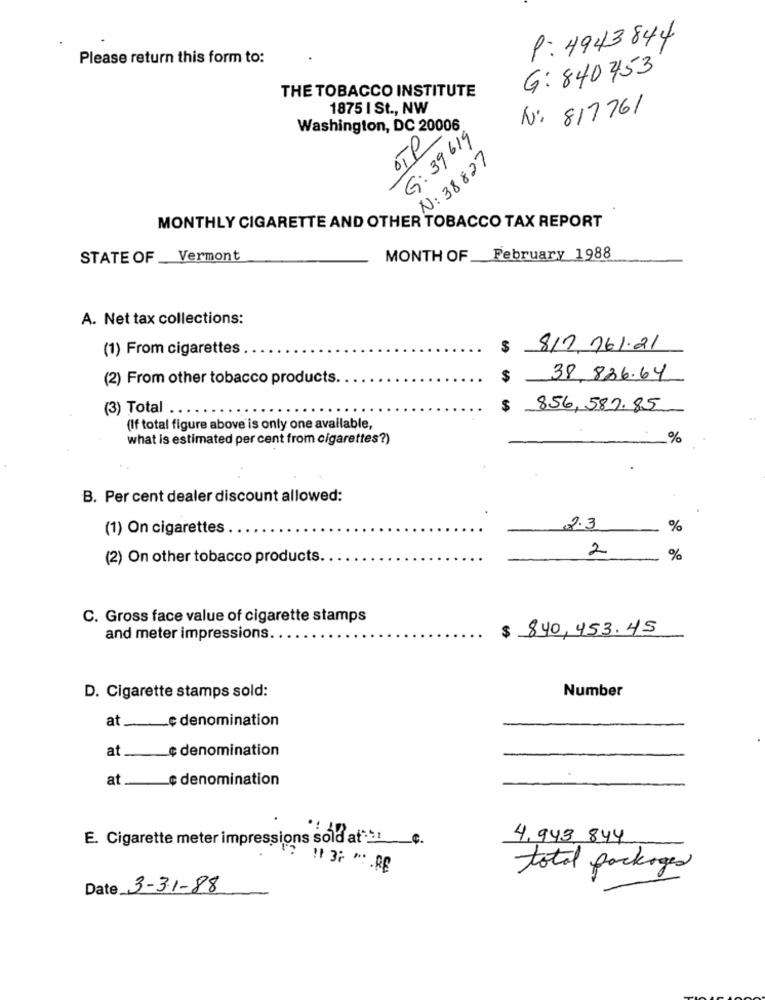
P: 4943844
Please return this form to:
G: 840453
THE TOBACCO INSTITUTE
1875 I St ., NW
N: 817761
Washington, DC 20006
Te
G: 39 619
N: 38827
MONTHLY CIGARETTE AND OTHER TOBACCO TAX REPORT
STATE OF _
Vermont
MONTH OF February 1988
A. Net tax collections:
(1) From cigarettes
$ 812.761.21
(2) From other tobacco products.
$ 38,836.64
(3) Total ..
$ 856,587.85
(If total figure above is only one available,
what is estimated per cent from cigarettes?)
%
B. Per cent dealer discount allowed:
(1) On cigarettes
2.3
%
2
(2) On other tobacco products.
%
C. Gross face value of cigarette stamps
$ 840,453.45
and meter impressions ..
Number
D. Cigarette stamps sold:
at _____ ¢ denomination
at ___ ¢ denomination
at __ ¢ denomination
E. Cigarette meter impressions sold at :_ c.
4, 943 844
11 37 " .RE
total packages
Date 3-3-1-88